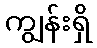
ကျွန်းရှိ